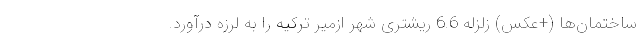
ساختمان‌ها (+عکس) زلزله 6.6 ریشتری شهر ازمیر ترکیه را به لرزه درآورد.